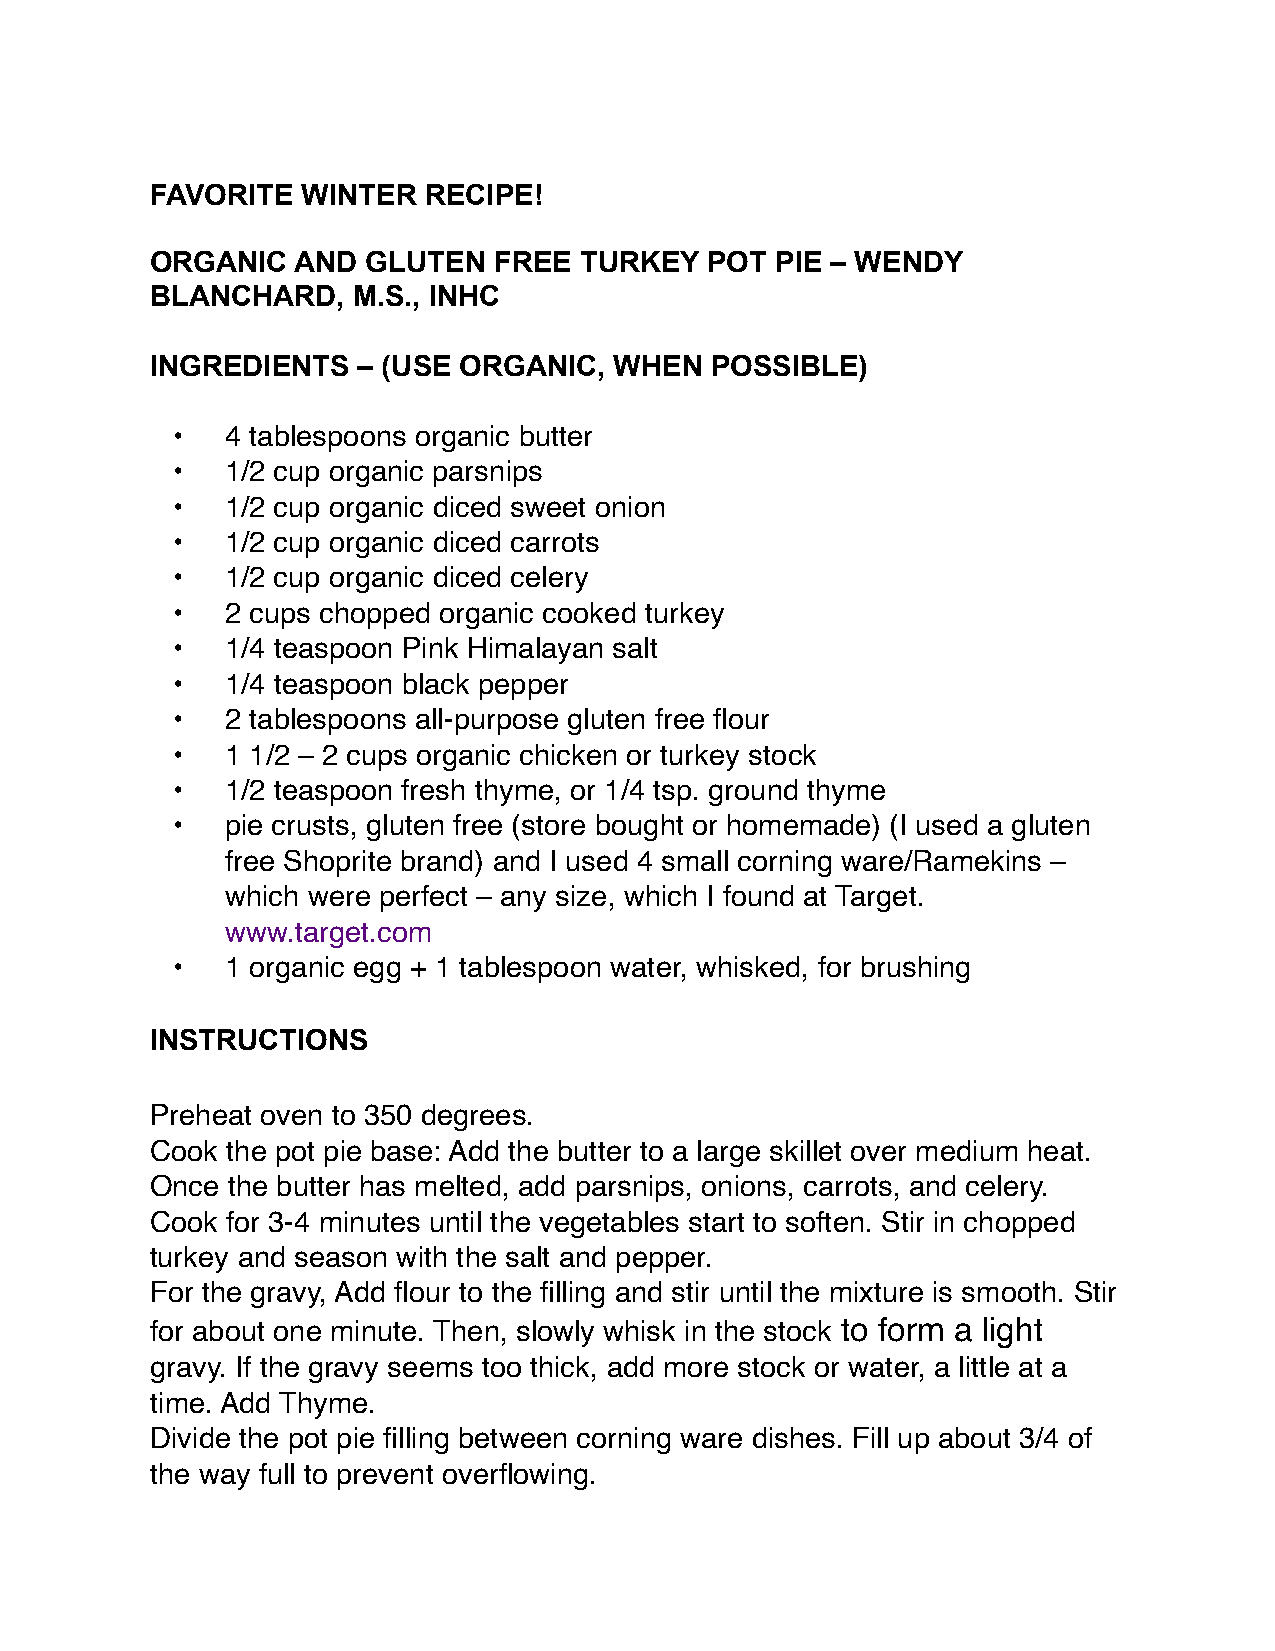
FAVORITE  WINTER  RECIPE!
 ORGANIC   AND GLUTEN   FREE TURKEY   POT PIE – WENDY
 BLANCHARD,   M.S., INHC
 INGREDIENTS   – (USE ORGANIC,  WHEN  POSSIBLE)
 •   4 tablespoons organic butter
 •   1/2 cup organic parsnips
 •   1/2 cup organic diced sweet onion
 •   1/2 cup organic diced carrots
 •   1/2 cup organic diced celery
 •   2 cups chopped organic cooked turkey
 •   1/4 teaspoon Pink Himalayan salt
 •   1/4 teaspoon black pepper
 •   2 tablespoons all-purpose gluten free flour
 •   1 1/2 – 2 cups organic chicken or turkey stock
 •   1/2 teaspoon fresh thyme, or 1/4 tsp. ground thyme
 •   pie crusts, gluten free (store bought or homemade) (I used a gluten
 free Shoprite brand) and I used 4 small corning ware/Ramekins –
 which were perfect – any size, which I found at Target.
 www.target.com
 •   1 organic egg + 1 tablespoon water, whisked, for brushing
 INSTRUCTIONS
 Preheat oven to 350 degrees.
 Cook the pot pie base: Add the butter to a large skillet over medium heat.
 Once the butter has melted, add parsnips, onions, carrots, and celery.
 Cook for 3-4 minutes until the vegetables start to soften. Stir in chopped
 turkey and season with the salt and pepper.
 For the gravy, Add flour to the filling and stir until the mixture is smooth. Stir
 for about one minute. Then, slowly whisk in the stock to form a light
 gravy. If the gravy seems too thick, add more stock or water, a little at a
 time. Add Thyme.
 Divide the pot pie filling between corning ware dishes. Fill up about 3/4 of
 the way full to prevent overflowing.